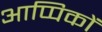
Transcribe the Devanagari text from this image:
आप्पिकों